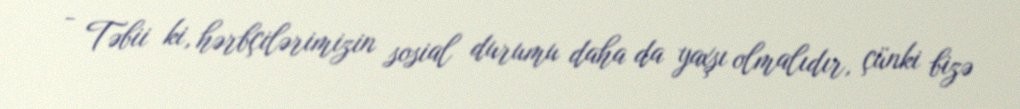
- Təbii ki, hərbçilərimizin sosial durumu daha da yaxşı olmalıdır, çünki bizə